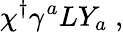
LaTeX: \chi^{\dagger}\gamma^{a}LY_{a}\; ,